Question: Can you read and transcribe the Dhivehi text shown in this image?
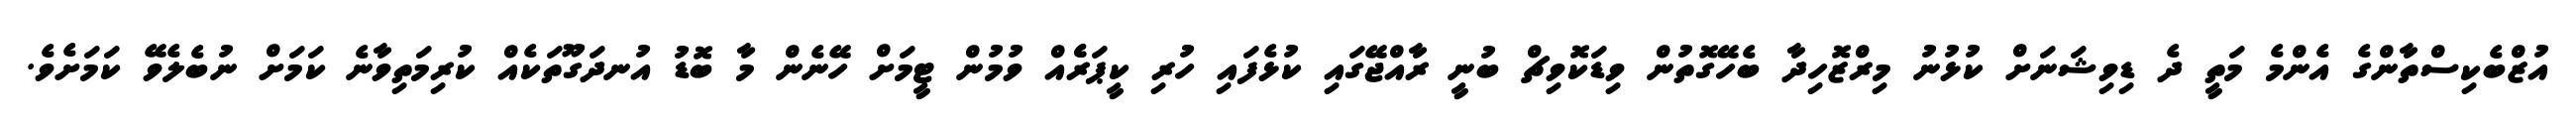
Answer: އުޒްބެކިސްތާންގެ އެންމެ މަތީ ދެ ޑިވިޝަނަށް ކުޅުނު މިރްޒޮހިދާ ބެހޭގޮތުން ވިޑަކޮވިޗް ބުނީ ރާއްޖޭގައި ކުޅެފައި ހުރި ކީޕަރެެއް ވުމުން ޓީމަށް ހޭނެން މާ ބޮޑު އުނދަގޫތަކެއް ކުރިމަތިވާނެ ކަމަށް ނުބެލެވޭ ކަމަށެވެ.